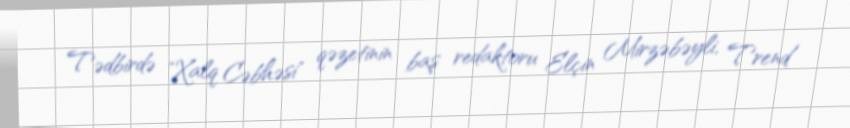
Tədbirdə "Xalq Cəbhəsi" qəzetinin baş redaktoru Elçin Mirzəbəyli, Trend